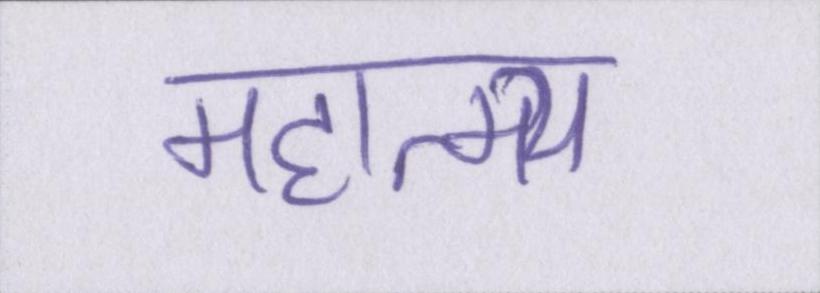
महात्म्य